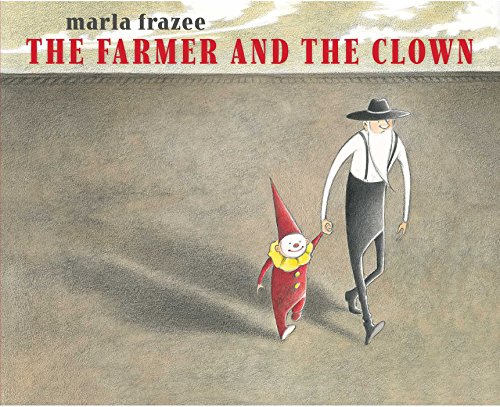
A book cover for The Farmer and the Clown (Ala Notable Children's Books. Younger Readers (Awards)); Marla Frazee; Children's Books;